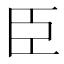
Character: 臣